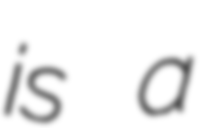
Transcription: is a